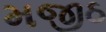
મજીઠ